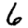
Digit: 6